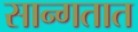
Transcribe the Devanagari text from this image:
सान्गतात